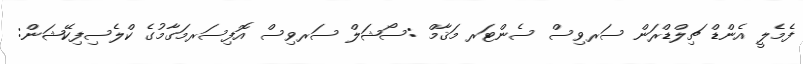
ފެމެލީ އެންޑް ޗިލްޑްރަން ސަރވިސް ސެންޓަރ މަޤާމް :ސޯޝަލް ސަރވިސް އޮފިސަރމަގާމުގެ ކްލެސިފިކޭޝަން: